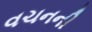
વચનની